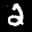
Label: 2